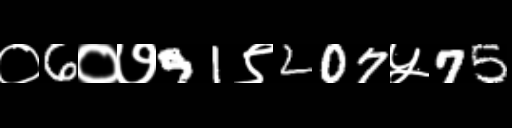
Text: ०6०७91९207५75